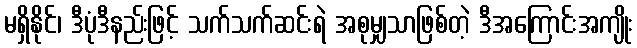
မရှိနိုင်၊ ဒီပုံဒီနည်းဖြင့် သက်သက်ဆင်းရဲ အစုမျှသာဖြစ်တဲ့ ဒီအကြောင်းအကျိုး